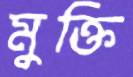
মুক্তি